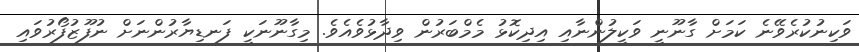
ވަކިނުކުރެވޭނެ ކަމަށް ގާނޫނީ ވަކީލުންނާއި އިދިކޮޅު މެމްބަރުން ވިދާޅުވެއެވެ. މިގާނޫނަކީ ފަނޑިޔާރުންނަށް ނުފޫޒުފޯރުވައި